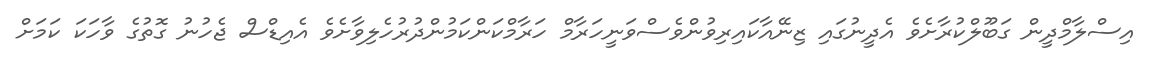
އިސްލާމްދީން ގަބޫލްކުރާށެވެ އެދީނުގައި ޒިނޭއާކައިރިވުންވެސްވަނީހަރާމް ހަރާމްކަންކަމުންދުރުހެލިވާށެވެ އެއިޑްސް ޖެހުނު ގޮތުގެ ވާހަކަ ކަމަށް